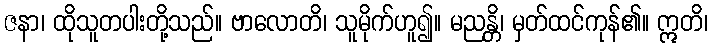
ဇနာ၊ ထိုသူတပါးတို့သည်။ ဗာလောတိ၊ သူမိုက်ဟူ၍။ မညန္တိ၊ မှတ်ထင်ကုန်၏။ ဣတိ၊